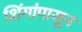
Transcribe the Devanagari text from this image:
शिंगांपासून